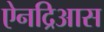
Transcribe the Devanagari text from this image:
ऐनद्रिआस